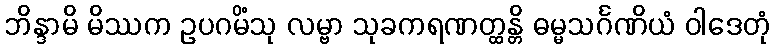
ဘိန္ဒာမိ မိဿက ဥပဂမိံသု လမ္ဗာ သုခကရဏတ္ထန္တိ ဓမ္မသင်္ဂဏိယံ ဝါဒေတုံ